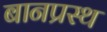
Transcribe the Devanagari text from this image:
बानप्रस्‍थ